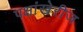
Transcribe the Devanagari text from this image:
पक्षांखेरीज